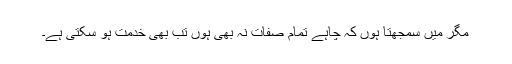
مگر میں سمجھتا ہُوں کہ چاہے تمام صفات نہ بھی ہوں تب بھی خدمت ہو سکتی ہے۔